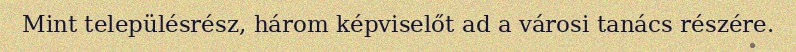
Mint településrész, három képviselőt ad a városi tanács részére.